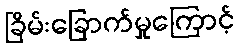
ခြိမ်းခြောက်မှုကြောင့်